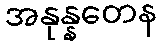
အနုန္နတေန